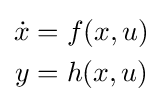
{\begin{aligned}{\dot {x}}&=f(x,u)\\y&=h(x,u)\end{aligned}}